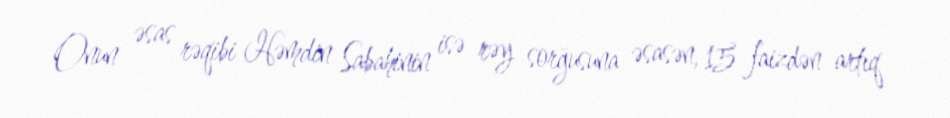
Onun əsas rəqibi Həmdin Sabahinin isə rəy sorğusuna əsasən, 15 faizdən artıq